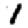
Digit: 1